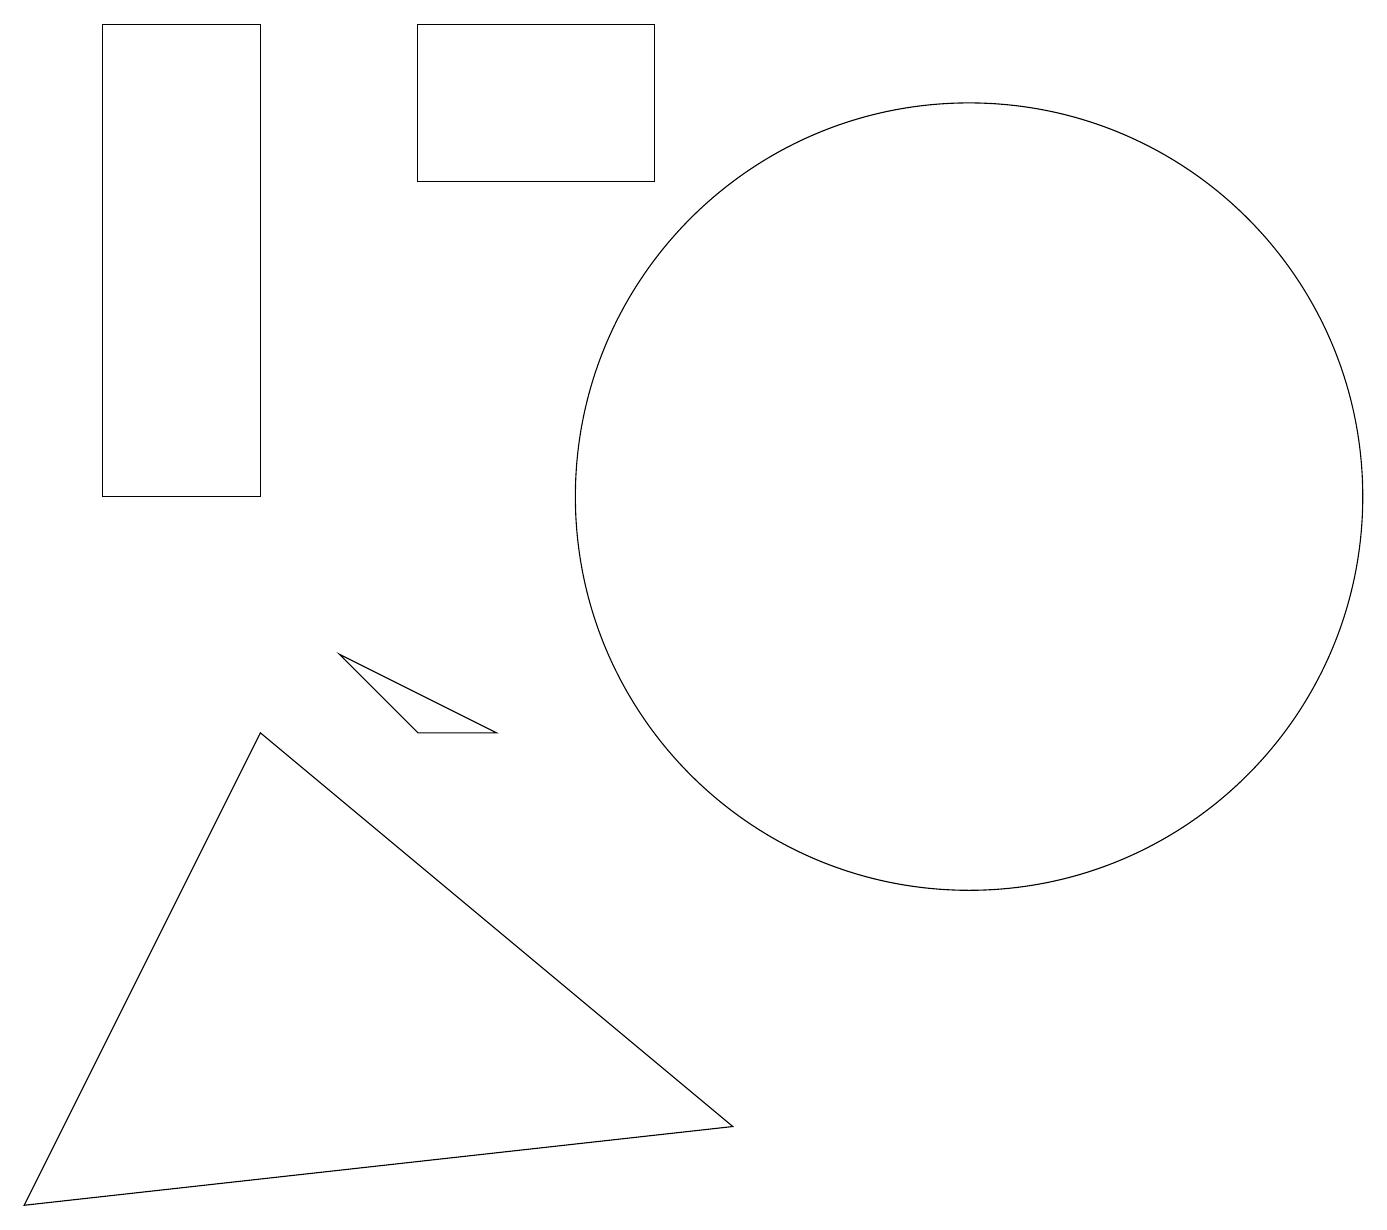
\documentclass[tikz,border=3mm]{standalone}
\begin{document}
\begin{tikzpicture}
\draw (12,10) circle (5);
\draw (4,8) -- (5,7) -- (6,7) -- cycle;
\draw (3,7) -- (0,1) -- (9,2) -- cycle;
\draw (3,10) rectangle (1,16);
\draw (11,10) circle (0);
\draw (5,16) rectangle (8,14);
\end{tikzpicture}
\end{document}